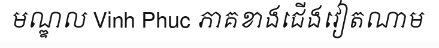
មណ្ឌល Vinh Phuc ភាគខាងជើងវៀតណាម